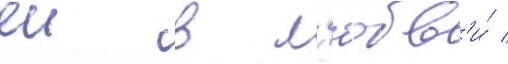
еи в л'юбв'и́ /